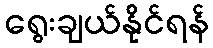
ရွေးချယ်နိုင်ရန်